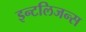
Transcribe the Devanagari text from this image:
इन्टलिजन्स